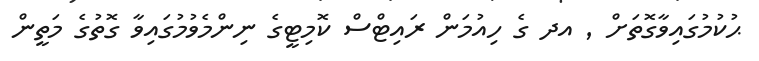
ޙުކުމުގައިވާގޮތަށް